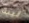
لينة